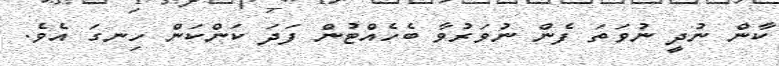
ކާން ނުދީ ނުވަތަ ފެން ނުވަރުވާ ބެހެއްޓުން ފަދަ ކަންކަން ހިނގަ އެވެ.